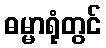
ဓမ္မာရုံတွင်